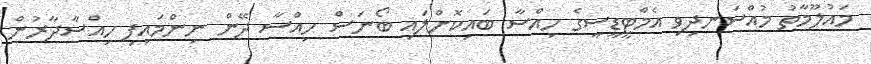
މައުލޫމާތު މުއްސަނދިވި އެމްޓީޑީސީގެ ހިއްސާ ބައިކޮށްލައި ބޯނަސް ހިއްސާ ދޭން ނިންމައިފި ހިއްސާދާރުން